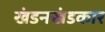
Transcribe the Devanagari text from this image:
खंडनखंडकार